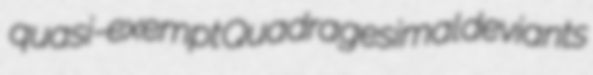
quasi-exempt Quadragesimal deviants